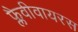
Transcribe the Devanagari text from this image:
फ्लैवीवायरस